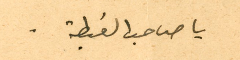
يا صاحب الغبطة.